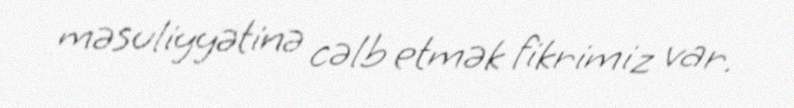
məsuliyyətinə cəlb etmək fikrimiz var.